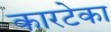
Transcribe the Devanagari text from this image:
कारटेका